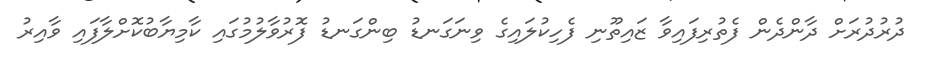
ދުރުދުރަށް ދާންދެން ފެތުރިފައިވާ ޒައިތޫނި ފެހިކުލައިގެ ވިނަގަނޑު ބިންގަނޑު ފޮރުވާލުމުގައި ކާމިޔާބުކޮށްލާފައި ވާއިރު